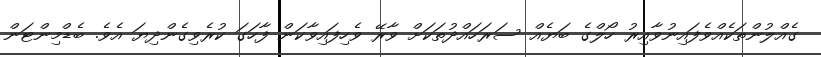
ގެއްލުންތަކެއްވެފައިނުވާއިރު ހޯލްގެ ބަޔެއް ސަރަހައްދުތަކަށް ވާރޭ ވެހިފައިވާކަން ފާހަގަ ކުރެވިގެންދިޔަ އެވެ. ބެޑްމިންޓަން